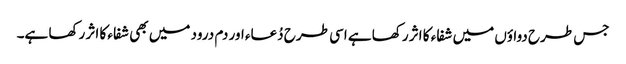
جس طرح دواؤں میں شفاء کا اثر رکھا ہے اسی طرح دُعاء اور دم درود میں بھی شفاء کا اثر رکھا ہے۔